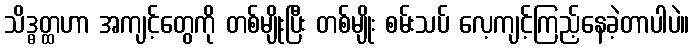
သိဒ္ဓတ္ထဟာ အကျင့်တွေကို တစ်မျိုးပြီး တစ်မျိုး စမ်းသပ် လေ့ကျင့်ကြည့်နေခဲ့တာပါပဲ။